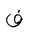
Letter: _fa